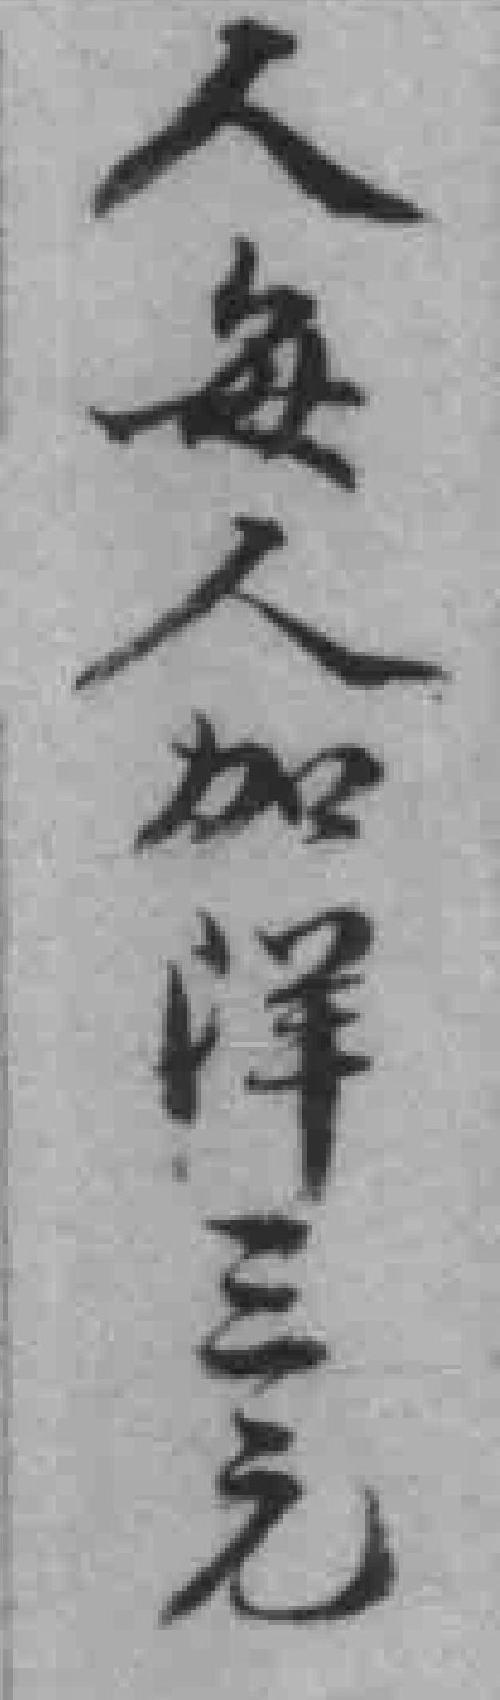
人每人加洋三元